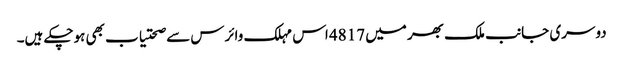
دوسری جانب ملک بھر میں 4817 اس مہلک وائرس سے صحتیاب بھی ہوچکے ہیں۔